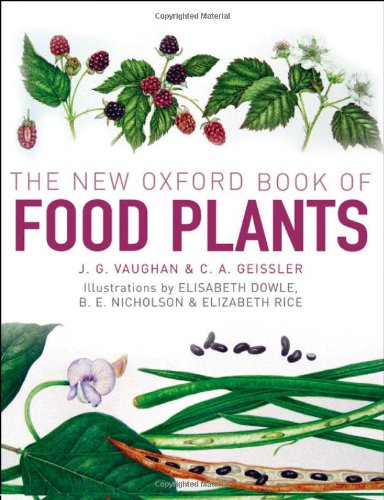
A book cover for The New Oxford Book of Food Plants; John Vaughan; Cookbooks, Food & Wine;